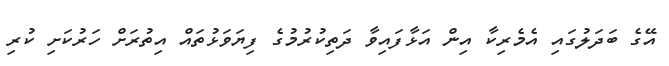
އޭގެ ބަދަލުގައި އެެމެރިކާ އިން އަޅާފައިވާ ދަތިކުރުމުގެ ފިޔަވަޅުތައް އިތުރަށް ހަރުކަށި ކުރި